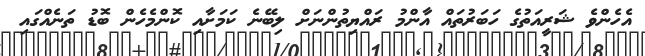
އެހެންވެ ޝަރީއަތުގެ ހަބަރުތައް އާންމު ރައްޔިތުންނަށް ލިބޭނެ ކަމަށާއި ކޮންމެހެން ބޮޑު ތަނެއްގައި